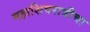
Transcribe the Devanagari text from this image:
महाशिवरात्रीचा